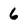
Character: 6